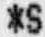
*S